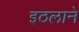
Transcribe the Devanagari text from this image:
इठलाने